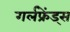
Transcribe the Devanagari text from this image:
गर्लफ्रेंड्स